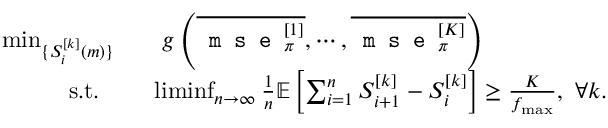
\begin{array} { r l } { \operatorname* { m i n } _ { \{ S _ { i } ^ { [ k ] } ( m ) \} } } & { \quad g \left( \overline { { \texttt { m s e } _ { \pi } ^ { [ 1 ] } } } , \cdots , \overline { { \texttt { m s e } _ { \pi } ^ { [ K ] } } } \right) } \\ { \mathrm { s . t . ~ ~ } } & { ~ ~ \operatorname* { l i m i n f } _ { n \rightarrow \infty } \frac { 1 } { n } \mathbb { E } \left[ \sum _ { i = 1 } ^ { n } S _ { i + 1 } ^ { [ k ] } - S _ { i } ^ { [ k ] } \right] \geq \frac { K } { f _ { \operatorname* { m a x } } } , ~ \forall k . } \end{array}